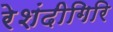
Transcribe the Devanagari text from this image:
रेशंदीगिरि